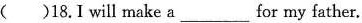
( )18.Iwill make a___for my father.